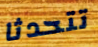
تتحدثا